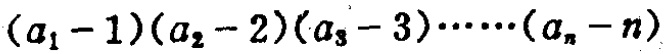
\((a_1 - 1)(a_2 - 2)(a_3 - 3)\cdots\cdots(a_n - n)\)